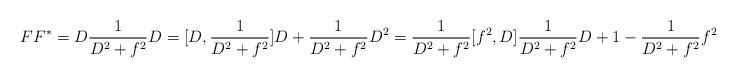
LaTeX: \begin{align*}FF^* = D \frac{1}{D^2+f^2} D= [D, \frac{1}{D^2+f^2}] D + \frac{1}{D^2+f^2} D^2=\frac{1}{D^2+f^2}[f^2,D] \frac{1}{D^2+f^2}D + 1 - \frac{1}{D^2 +f^2} f^2 \sim 1\end{align*}